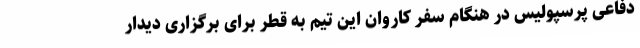
دفاعی پرسپولیس در هنگام سفر کاروان این تیم به قطر برای برگزاری دیدار